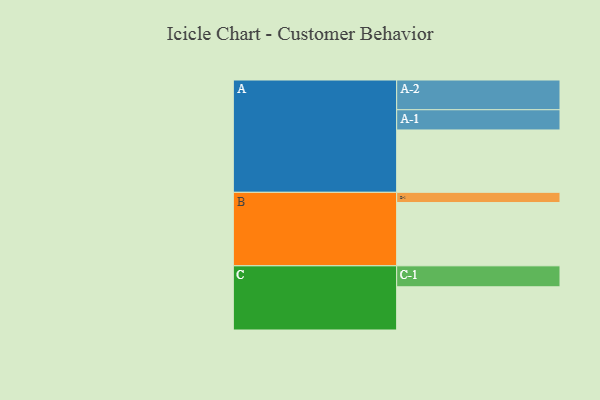
{"axis": {"x": "Segment", "y": "Value"}, "legend": ["", "A", "B", "C"], "data": [{"x": "A", "y": 583, "type": ""}, {"x": "B", "y": 592, "type": ""}, {"x": "C", "y": 404, "type": ""}, {"x": "A-1", "y": 189, "type": "A"}, {"x": "A-2", "y": 278, "type": "A"}, {"x": "B-1", "y": 95, "type": "B"}, {"x": "C-1", "y": 196, "type": "C"}]}